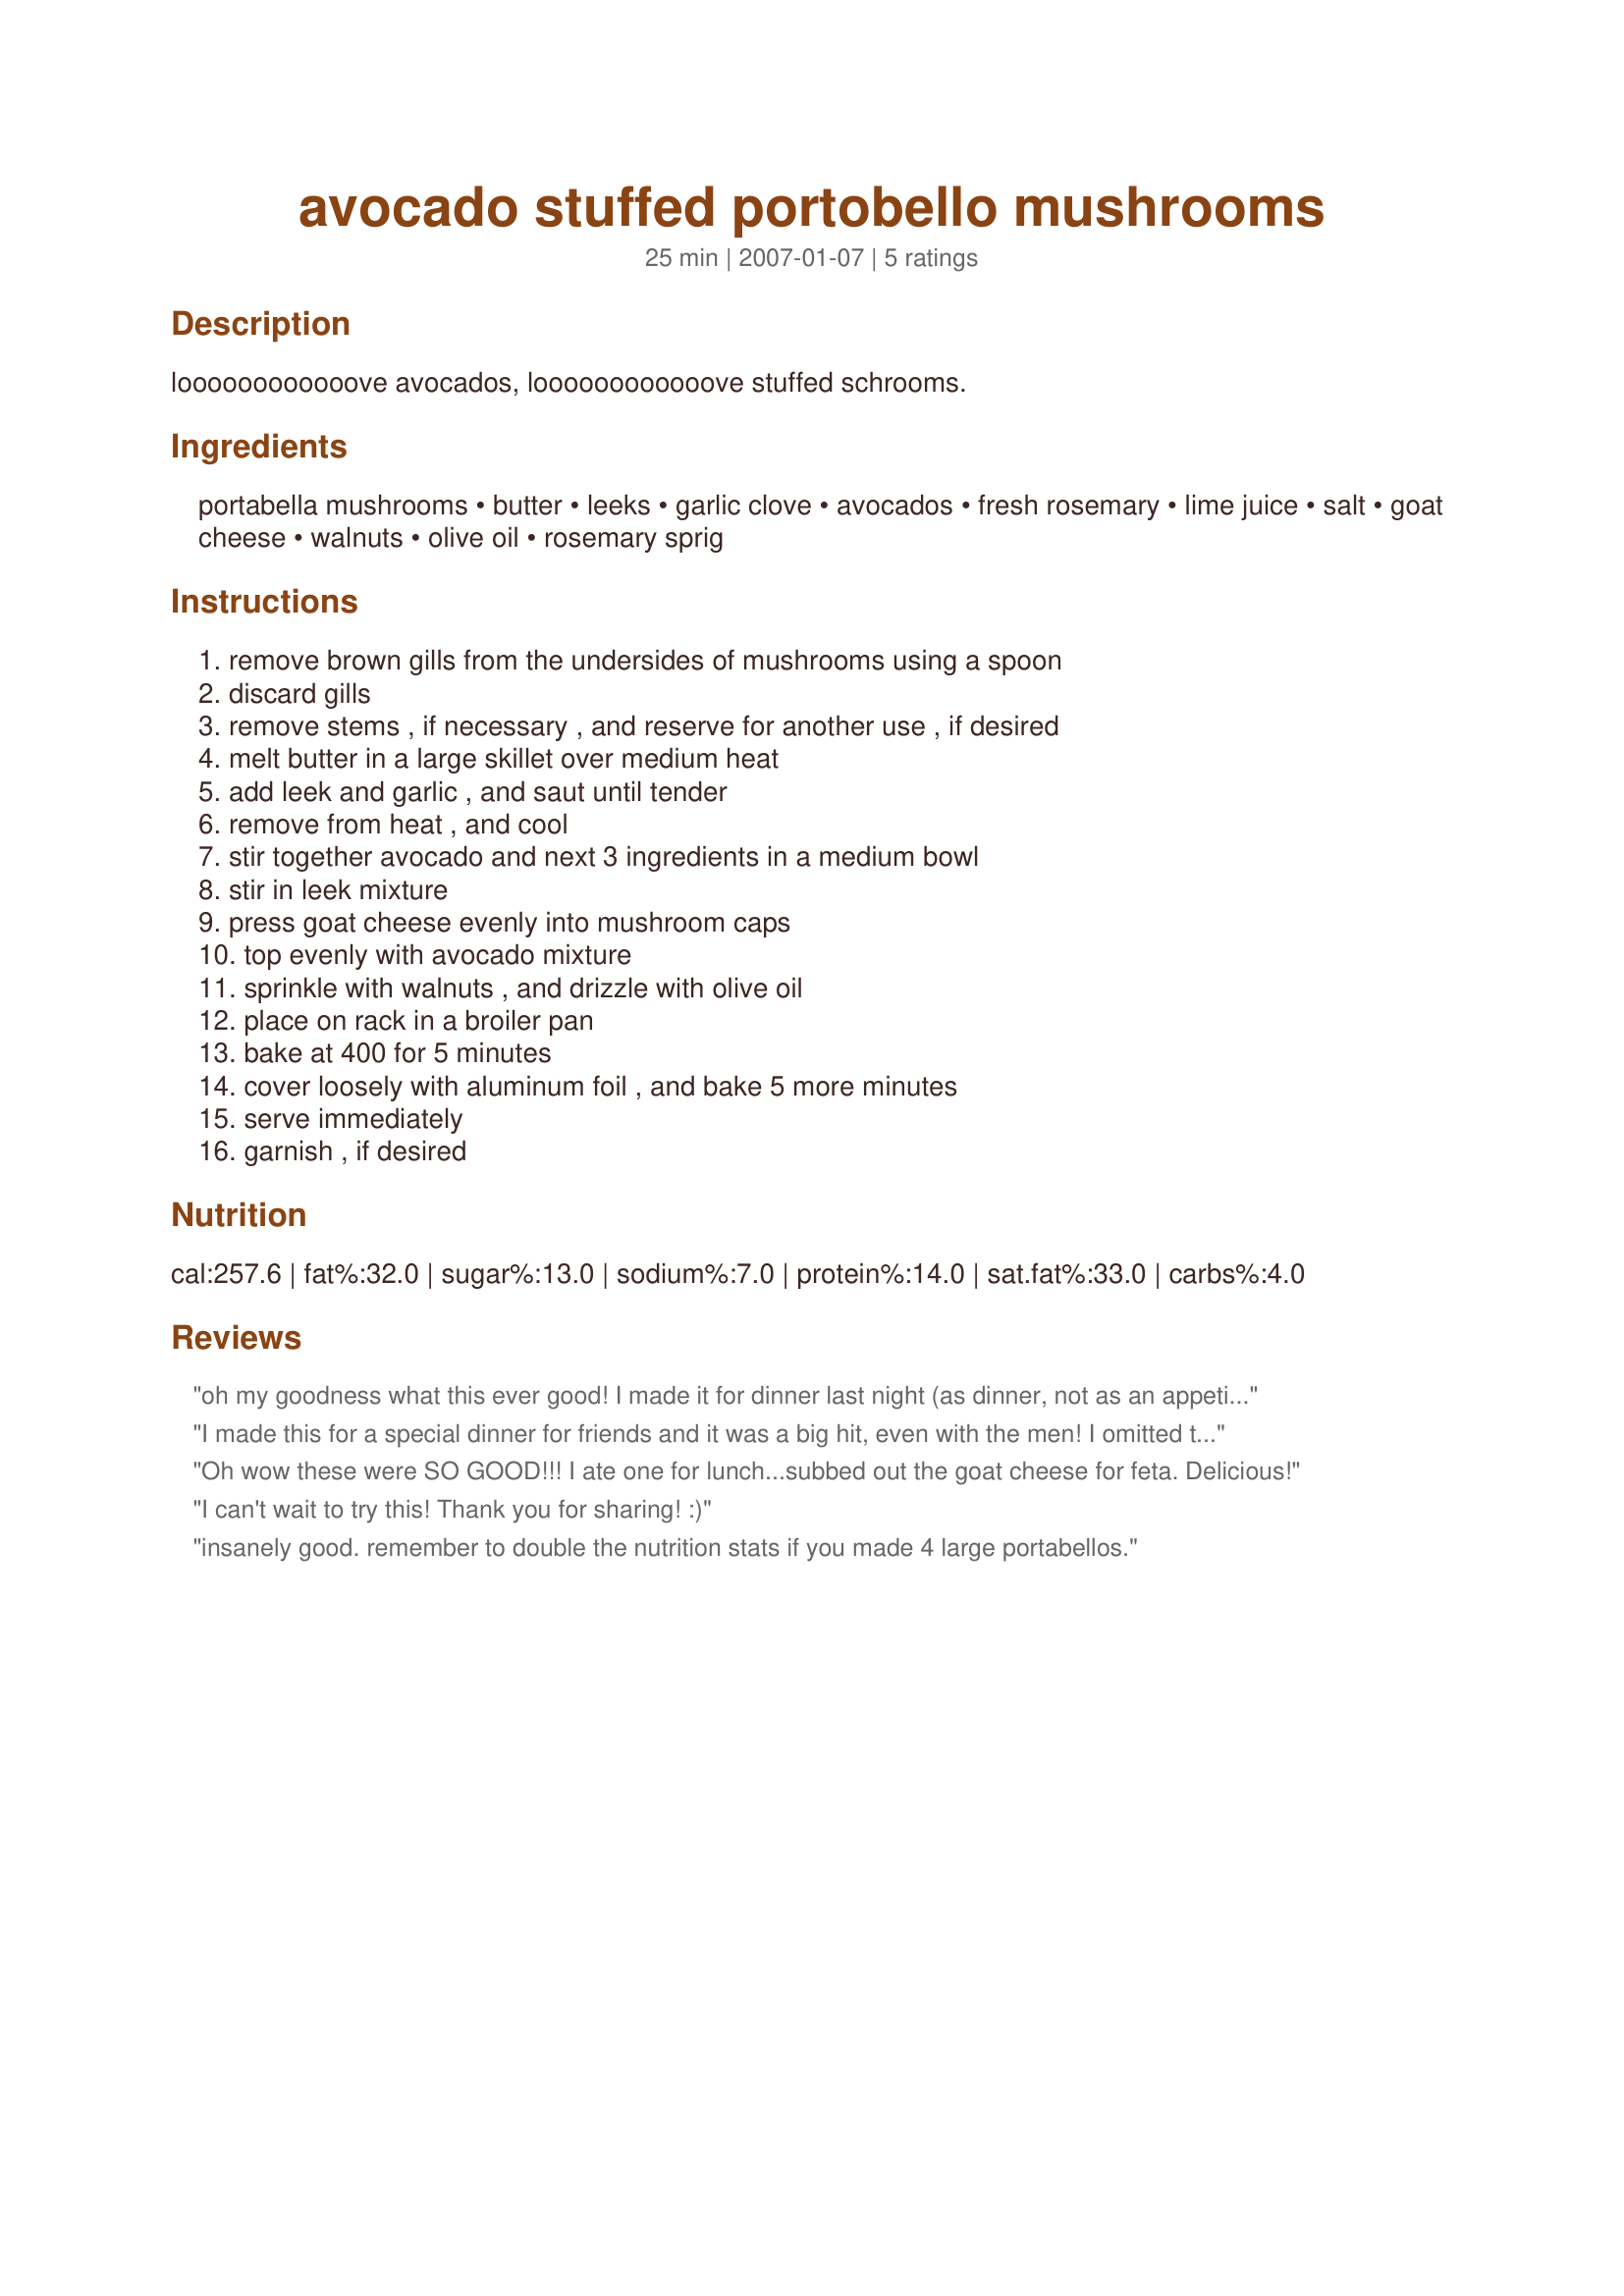
avocado stuffed portobello mushrooms
Preparation time: 25 minutes

loooooooooooove avocados, loooooooooooove stuffed schrooms.

Ingredients:
portabella mushrooms, butter, leeks, garlic clove, avocados, fresh rosemary, lime juice, salt, goat cheese, walnuts, olive oil, rosemary sprig

Steps:
remove brown gills from the undersides of mushrooms using a spoon, discard gills, remove stems , if necessary , and reserve for another use , if desired, melt butter in a large skillet over medium heat, add leek and garlic , and saut until tender, remove from heat , and cool, stir together avocado and next 3 ingredients in a medium bowl, stir in leek mixture, press goat cheese evenly into mushroom caps, top evenly with avocado mixture, sprinkle with walnuts , and drizzle with olive oil, place on rack in a broiler pan, bake at 400 for 5 minutes, cover loosely with aluminum foil , and bake 5 more minutes, serve immediately, garnish , if desired

Reviews:
oh my goodness what this ever good! I made it for dinner last night (as dinner, not as an appetizer) and my friend and I gobbled them all up. I don't care for rosemary so I used tarragon, but didn't change anything else - yummo!
I made this for a special dinner for friends and it was a big hit, even with the men! I omitted the oil and walnuts and it was perfect. Next time I might sprinkle some fresh grated parm cheese on it. This would be a great lunch recipe served with a salad and fresh roll.
Oh wow these were SO GOOD!!! I ate one for lunch...subbed out the goat cheese for feta. Delicious!
I can't wait to try this! Thank you for sharing! :)
insanely good. remember to double the nutrition stats if you made 4 large portabellos.
